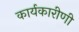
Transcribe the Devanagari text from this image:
कार्यकारीणी